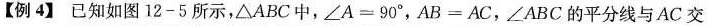
【例4】已知如图12-5所示，△ABC中，$$∠ A = 9 0 °$$，$$A B = A C$$，∠ABC的平分线与AC交